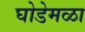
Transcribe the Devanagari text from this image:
घोडेमळा